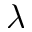
\lambda